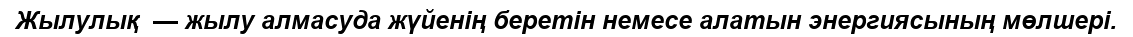
Жылулық  — жылу алмасуда жүйенің беретін немесе алатын энергиясының мөлшері.